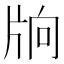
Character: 𤖽